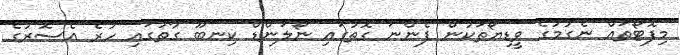
މިފޮޓޯތައް ނެގުމުގެ ވީޑިޔޯތަކުން ފެންނަ ގޮތުގައި ނޯލަންޑް ކިނބޫ ގާތުގައި ހުރެ އެސޮރުގެ